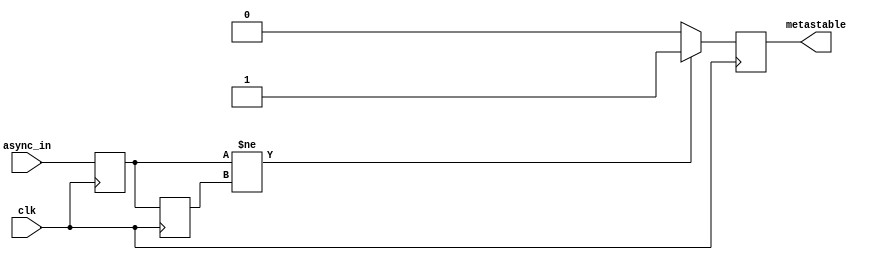
module metastability_detector (
    input wire clk,            // Clock signal
    input wire async_in,      // Asynchronous input signal
    output reg metastable      // Metastability output signal
);

    // Internal signals for the flip-flops
    reg ff1, ff2;

    // Initialize the metastable signal
    initial begin
        metastable = 0;
        ff1 = 0;
        ff2 = 0;
    end

    // Sampling flip-flops
    always @(posedge clk) begin
        ff1 <= async_in;   // Sample async input
        ff2 <= ff1;        // Sample output of the first flip-flop
    end

    // Metastability detection logic
    always @(posedge clk) begin
        // Check if the output of the first flip-flop has changed
        if (ff1 != ff2) begin
            metastable <= 1;  // Metastability detected
        end else begin
            metastable <= 0;  // No metastability
        end
    end

endmodule